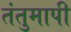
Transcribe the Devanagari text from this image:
तंतुमापी